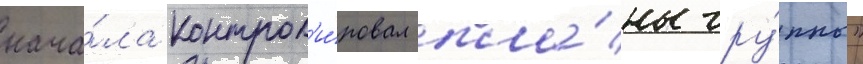
нача́ла контрол'и́ровал пла́ны гру́ппы"